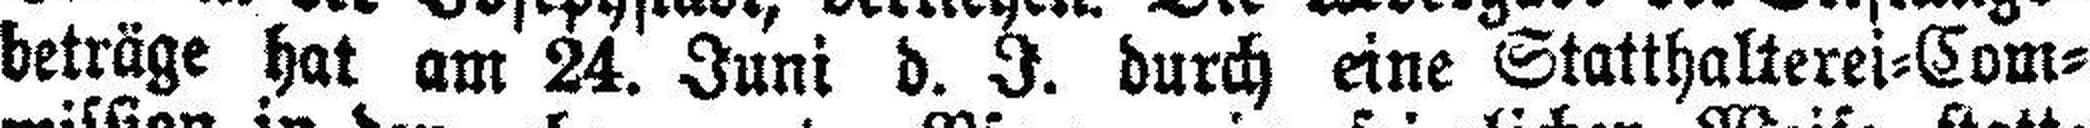
beträge hat am 24. Juni d. J. durch eine Statthalterei=Com¬